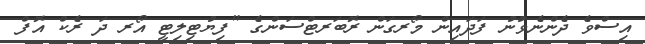
އިސްވެ ދެންނެވުނު ފަދައިން މޯރގަން ރޮބަރޓްސަންގެ "ފިޔުޓިލިޓީ އޯރ ދަ ރެކް އޮފް